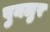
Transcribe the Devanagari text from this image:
पुनलुर